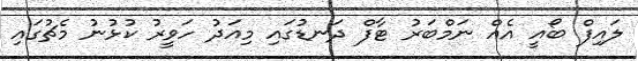
ލައިފް ބޯއީ އެއް ނަމްބަރު ޓާފް ދަނޑުގައި މިއަދު ހަވީރު ކުޅުނު މެޗުގައި